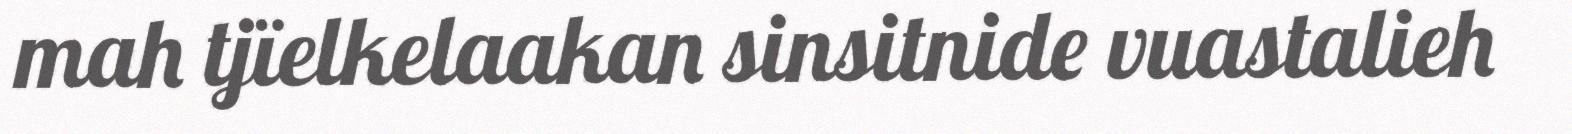
mah tjïelkelaakan sinsitnide vuastalieh